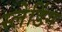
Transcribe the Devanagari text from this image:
स्लेडिंग